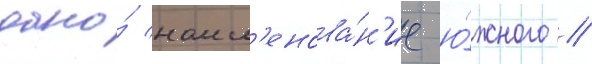
дано́ наим'енова́н'ие ю́жного //